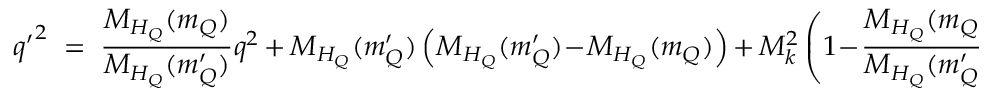
{ q ^ { \prime } } ^ { 2 } \; = \; \frac { M _ { H _ { Q } } ( m _ { Q } ) } { M _ { H _ { Q } } ( m _ { Q } ^ { \prime } ) } q ^ { 2 } \, + \, M _ { H _ { Q } } ( m _ { Q } ^ { \prime } ) \left( M _ { H _ { Q } } ( m _ { Q } ^ { \prime } ) \! - \! M _ { H _ { Q } } ( m _ { Q } ) \right) \, + \, M _ { k } ^ { 2 } \left( 1 \! - \! \frac { M _ { H _ { Q } } ( m _ { Q } ) } { M _ { H _ { Q } } ( m _ { Q } ^ { \prime } ) } \right) \, .